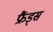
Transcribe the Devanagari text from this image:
फ्रैंड्स